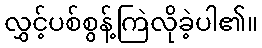
လွှင့်ပစ်စွန့်ကြဲလိုခဲ့ပါ၏။